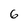
Character: 6